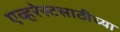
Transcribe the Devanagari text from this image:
एव्हरेस्टसाठीच्या